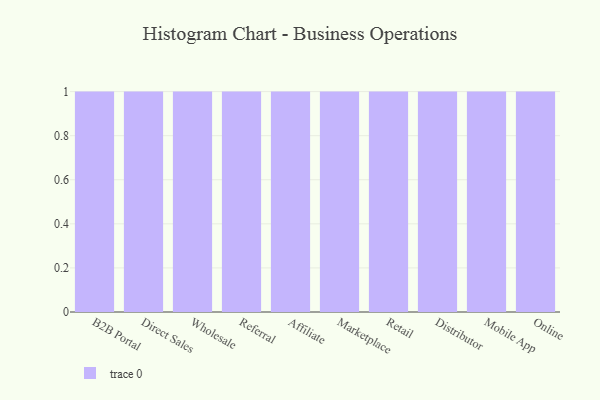
{"axis": {"x": "Channel", "y": "LTV (USD)"}, "legend": [""], "data": [{"x": "B2B Portal", "y": 75, "type": ""}, {"x": "Direct Sales", "y": 44, "type": ""}, {"x": "Wholesale", "y": 46, "type": ""}, {"x": "Referral", "y": 78, "type": ""}, {"x": "Affiliate", "y": 7, "type": ""}, {"x": "Marketplace", "y": 91, "type": ""}, {"x": "Retail", "y": 74, "type": ""}, {"x": "Distributor", "y": 1, "type": ""}, {"x": "Mobile App", "y": 61, "type": ""}, {"x": "Online", "y": 69, "type": ""}]}